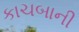
કાચબાની